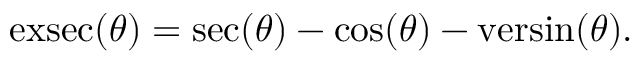
\operatorname { e x s e c } ( \theta ) = \sec ( \theta ) - \cos ( \theta ) - \operatorname { v e r s i n } ( \theta ) .